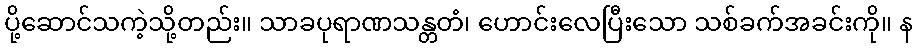
ပို့ဆောင်သကဲ့သို့တည်း။ သာခပုရာဏသန္တတံ၊ ဟောင်းလေပြီးသော သစ်ခက်အခင်းကို။ န